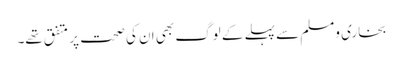
بخاری ومسلم سے پہلے کے لوگ بھی ان کی صحت پر متفق تھے۔